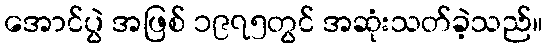
အောင်ပွဲ အဖြစ် ၁၉၇၅တွင် အဆုံးသတ်ခဲ့သည်။